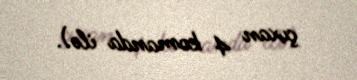
çıxan 4 komanda ilə).